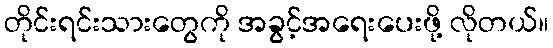
တိုင်းရင်းသားတွေကို အခွင့်အရေးပေးဖို့ လိုတယ်။